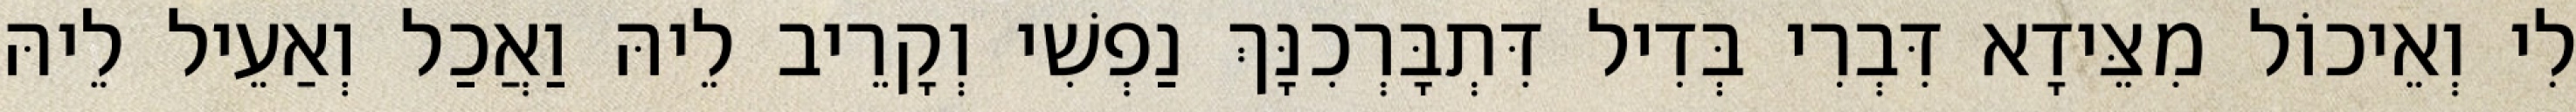
לִי וְאֵיכוֹל מִצֵּידָא דִּבְרִי בְּדִיל דִּתְבָּרְכִנָּךְ נַפְשִׁי וְקָרֵיב לֵיהּ וַאֲכַל וְאַעֵיל לֵיהּ